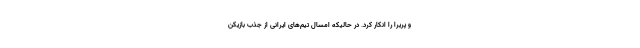
و پریرا را انکار کرد. در حالیکه امسال تیم‌های ایرانی از جذب بازیکن